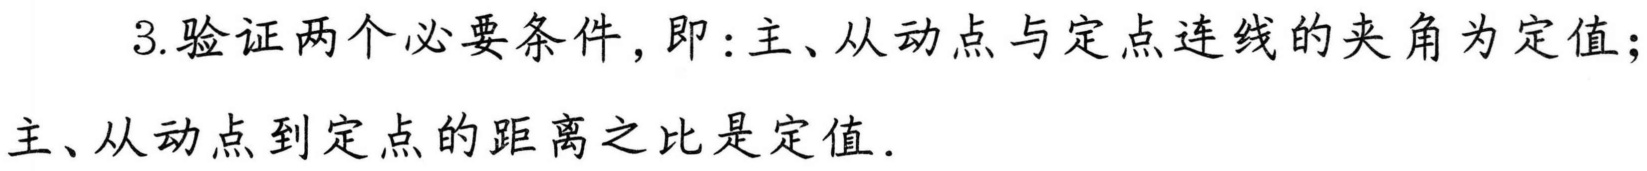
3.验证两个必要条件，即:主、从动点与定点连线的夹角为定值；
主、从动点到定点的距离之比是定值.